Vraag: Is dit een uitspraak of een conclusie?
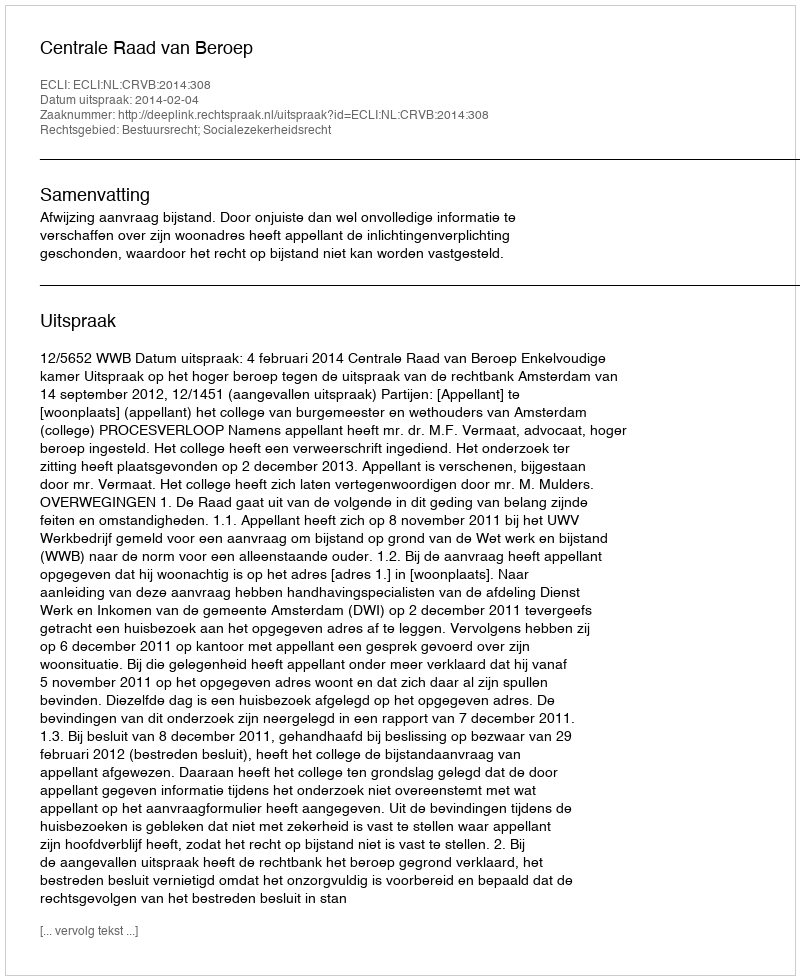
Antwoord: Uitspraak